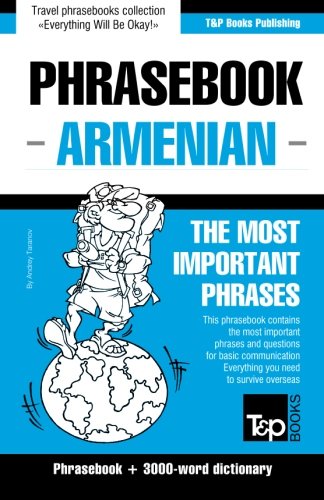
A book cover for Armenian phrasebook; Andrey Taranov; Travel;